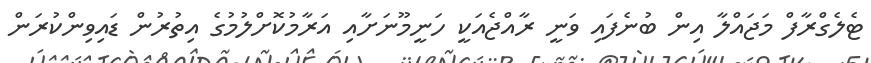
ޓެލެގްރާފް މަޖައްލާ އިން ބުނެފައި ވަނީ ރާއްޖެއަކީ ހަނީމޫނަށާއި އަރާމުކޮށްލުމުގެ އިތުރުން ޑައިވިންކުރަން